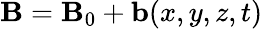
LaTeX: \mathbf{B}=\mathbf{B}_{0}+\mathbf{b}(x,y,z,t)